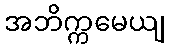
အဘိက္ကမေယျ